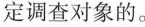
定调查对象的。